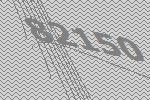
82150